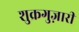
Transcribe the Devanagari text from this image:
शुक्रगुज़ारी